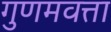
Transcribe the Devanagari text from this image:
गुणमवत्ता